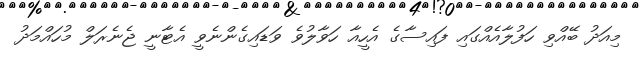
މިއަދު ބޭއްވި ހަފުލާއެއްގައި ފައިސާގެ އެހީއާ ހަވާލުވެ ވަޑައިގެންނެވީ އެޓާނީ ޖެނެރަލް މުހައްމަދު